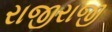
રાજીરાજી